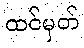
ထင်မှတ်